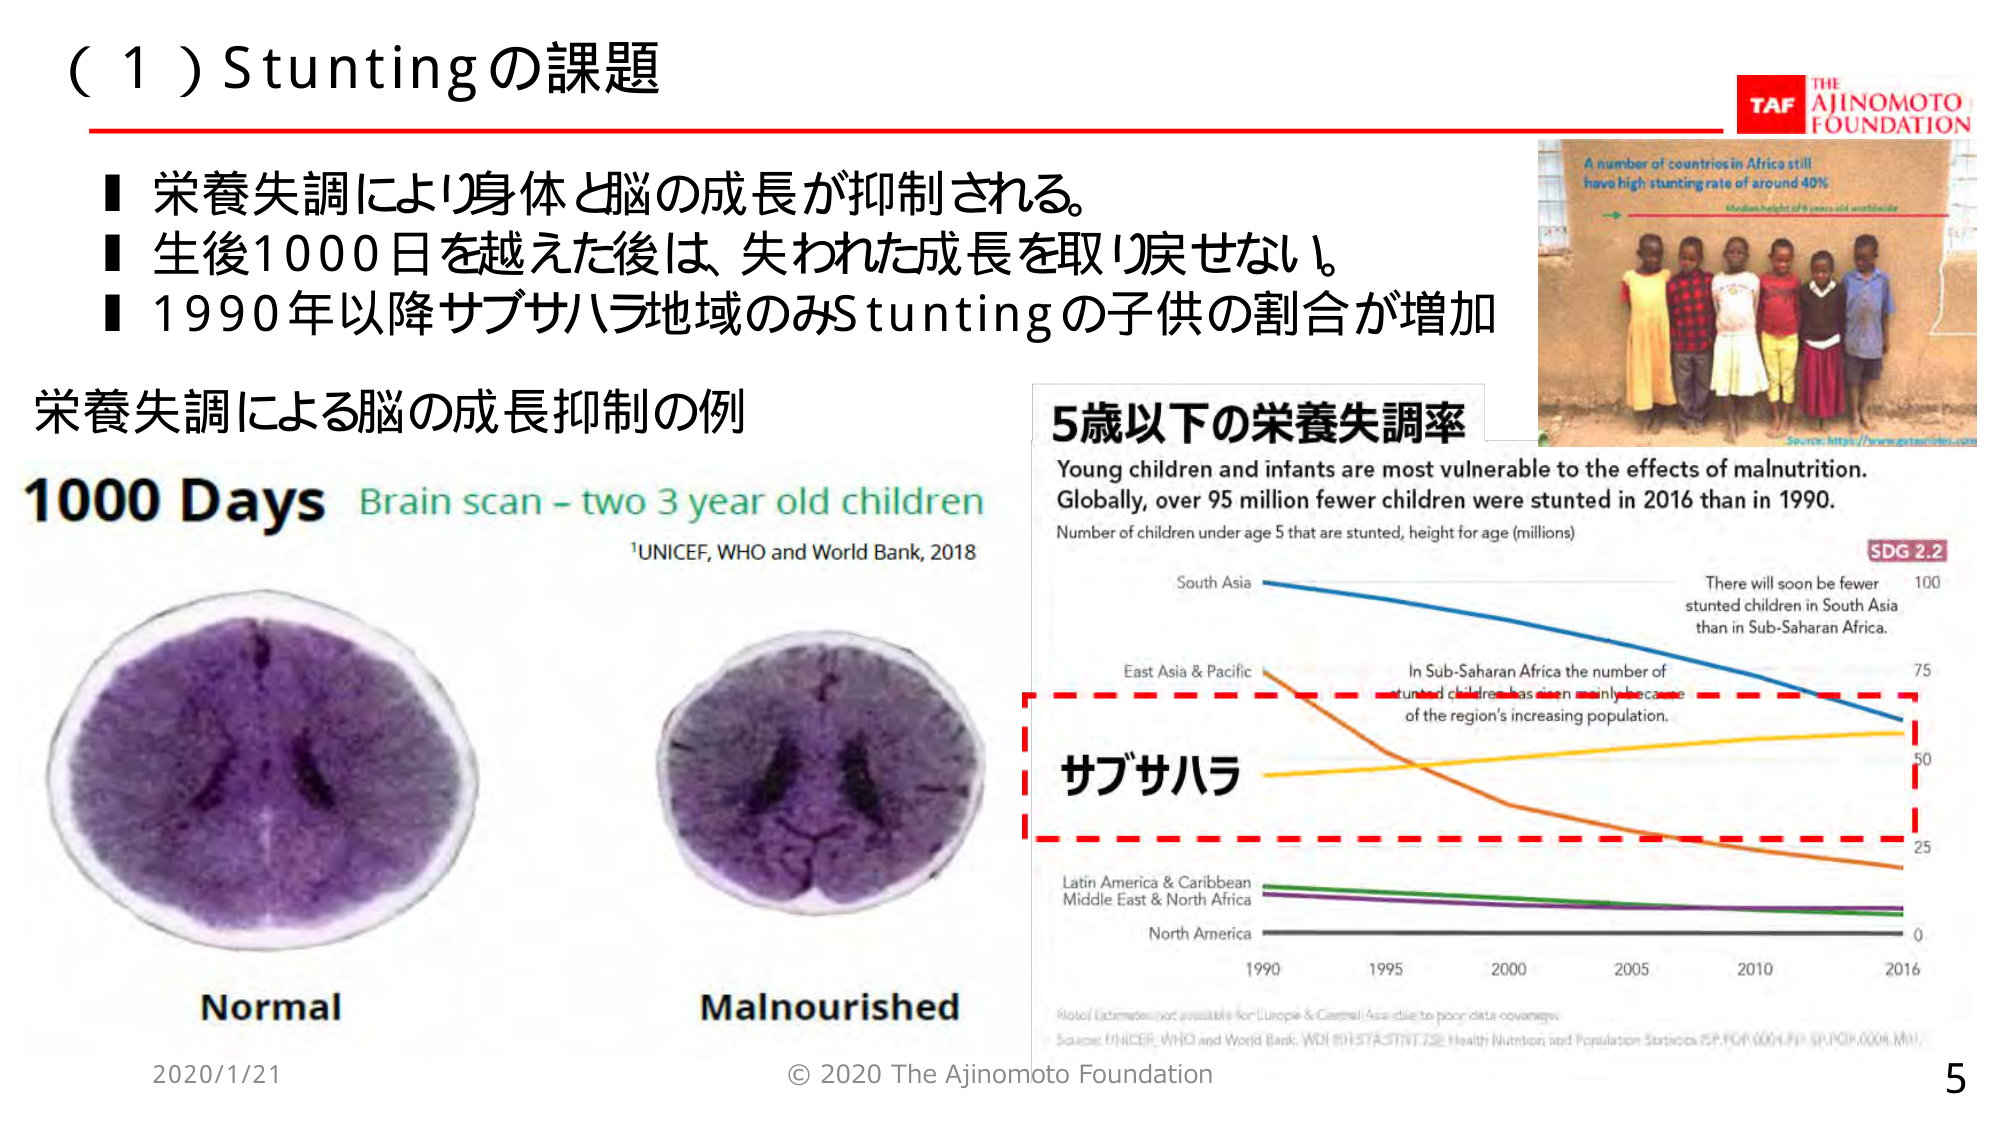
（１）Stuntingの課題

■ 栄養失調により身体と脳の成長が抑制される。
■ 生後1000日を越えた後は、失われた成長を取り戻せない。
■ 1990年以降サブサハラ地域のみStuntingの子供の割合が増加

栄養失調による脳の成長抑制の例

1000 Days Brain scan - two 3 year old children
¹UNICEF, WHO and World Bank, 2018

Normal
Malnourished

5歳以下の栄養失調率
Young children and infants are most vulnerable to the effects of malnutrition.
Globally, over 95 million fewer children were stunted in 2016 than in 1990.
Number of children under age 5 that are stunted, height for age (millions)

South Asia
East Asia & Pacific
サブサハラ
Latin America & Caribbean
Middle East & North Africa
North America

1990 1995 2000 2005 2010 2016

There will soon be fewer stunted children in South Asia than in Sub-Saharan Africa.
In Sub-Saharan Africa the number of stunted children has risen mainly because of the region's increasing population.

SDG 2.2

A number of countries in Africa still have high stunting rate of around 40%
Median height of 6 years old worldwide
Source: https://www.gatesnotes.com

Note: Estimates not available for Europe & Central Asia due to poor data coverage
Source: UNICEF, WHO and World Bank, WDI & IHME STATISTICAL Health Nutrition and Population Statistics (SP_POP_0001, SP_POP_0004, MNU)

TAF THE AJINOMOTO FOUNDATION

2020/1/21
© 2020 The Ajinomoto Foundation
5